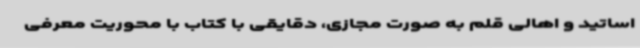
اساتید و اهالی قلم به صورت مجازی، دقایقی با کتاب با محوریت معرفی